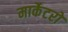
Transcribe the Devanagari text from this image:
मार्केटरों